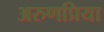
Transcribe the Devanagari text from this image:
अरुणप्रिया